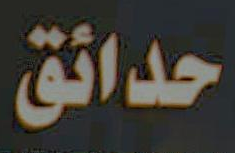
حدائق